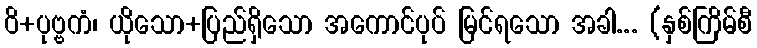
ဝိ+ပုဗ္ဗကံ၊ ယိုသော+ပြည်ရှိသော အကောင်ပုပ် မြင်ရသော အခါ... (နှစ်ကြိမ်စီ